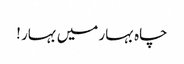
چاہ بہار میں بہار !